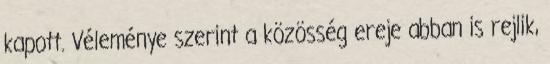
kapott. Véleménye szerint a közösség ereje abban is rejlik,